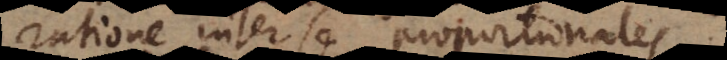
ratione inter se proportionales